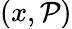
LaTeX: (x,\mathcal{P})